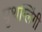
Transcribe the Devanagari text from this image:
पृथग्लिंगी